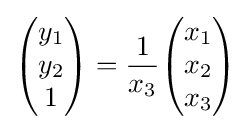
{\begin{pmatrix}y_{1}\\y_{2}\\1\end{pmatrix}}={\frac {1}{x_{3}}}{\begin{pmatrix}x_{1}\\x_{2}\\x_{3}\end{pmatrix}}